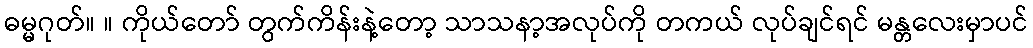
ဓမ္မဂုတ်။ ။ ကိုယ်တော် တွက်ကိန်းနဲ့တော့ သာသနာ့အလုပ်ကို တကယ် လုပ်ချင်ရင် မန္တလေးမှာပင်